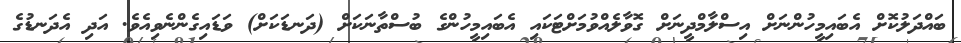
ބައްދަލުކޮށް އެބައިމީހުންނަށް އިސްލާމްދީނަށް ގޮވާލެއްވުމަށްޓަކައި އެބައިމީހުންގެ ބުސްތާނަކަށް (ދަނޑަކަށް) ވަޑައިގެންނެވިއެވެ. އަދި އެދަނޑުގެ